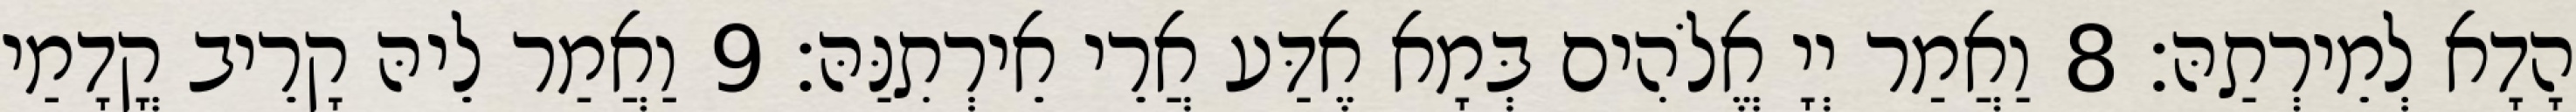
הָדָא לְמֵירְתַהּ׃ 8 וַאֲמַר יְיָ אֱלֹהִים בְּמָא אֶדַּע אֲרֵי אֵירְתִנַּהּ׃ 9 וַאֲמַר לֵיהּ קָרֵיב קֳדָמַי